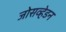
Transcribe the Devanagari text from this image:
जोसव्हेडन